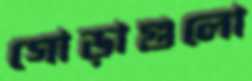
গোড়াগুলো